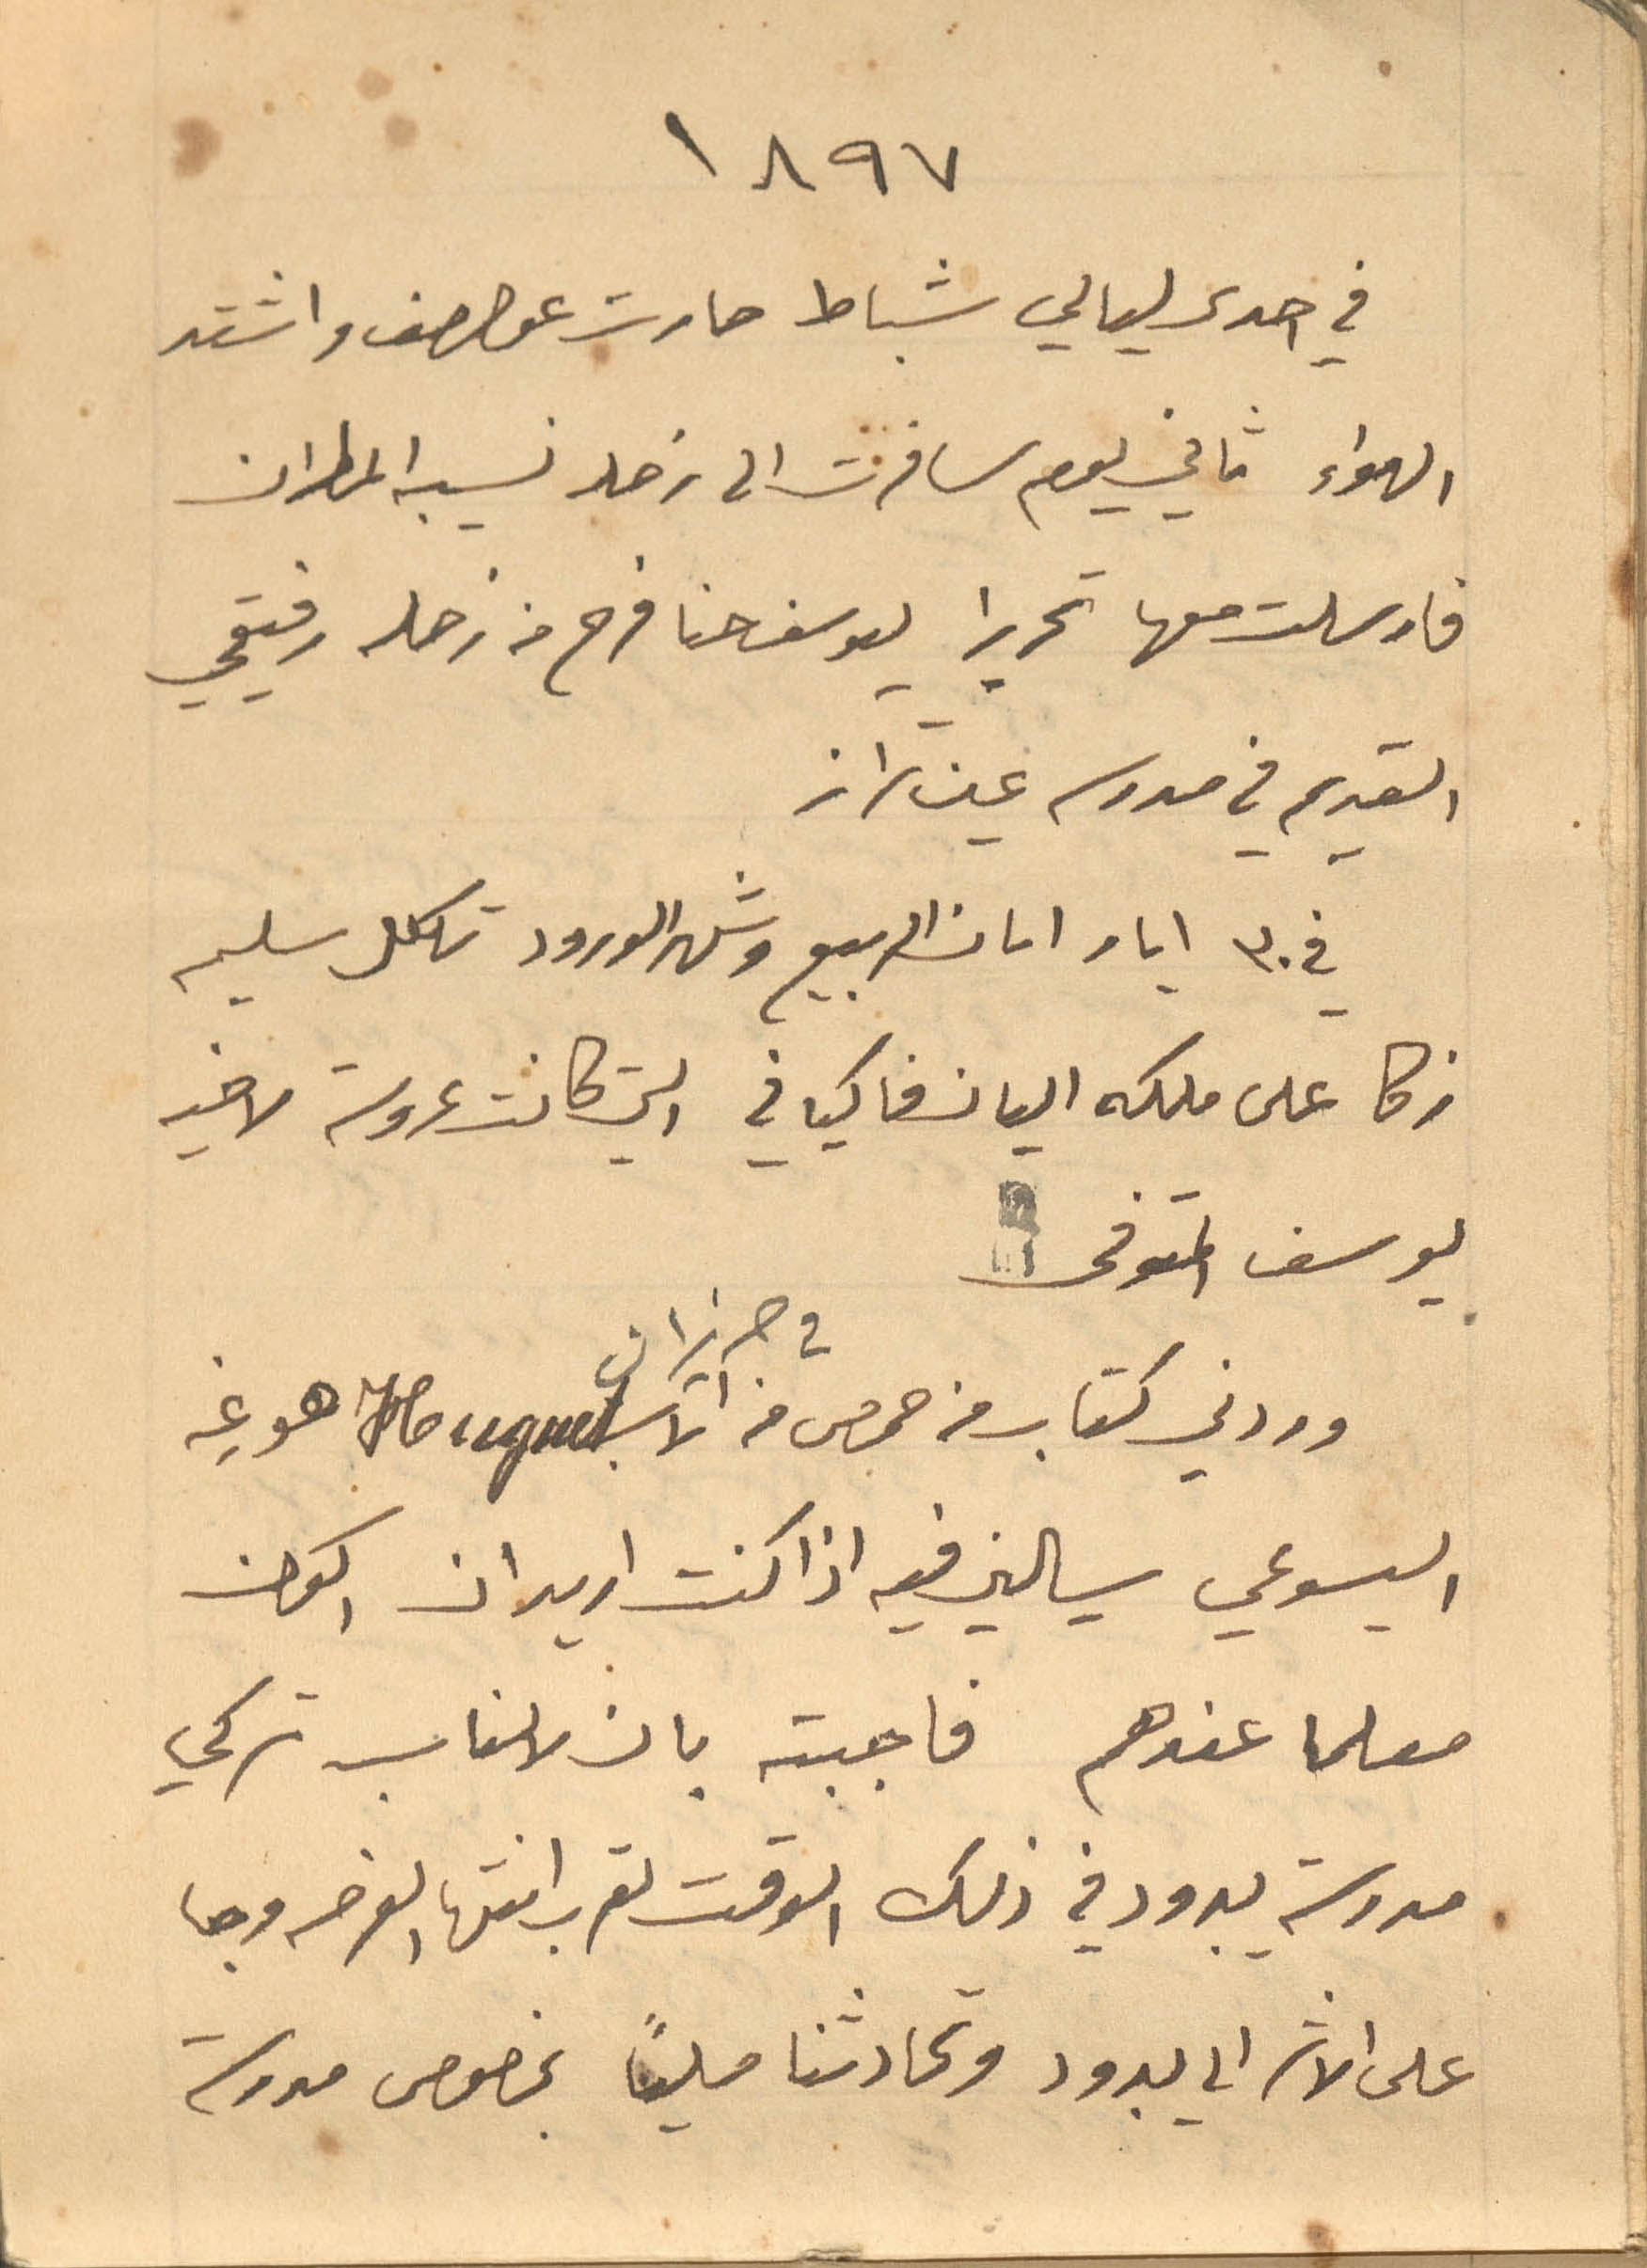
1897
في احدى ليالي شباط صارت عواصف واشتد
الهواء ثاني يوم سافرت الى زحله نسيبه المطران
فارسلت معها تحريرا ليوسف حنا فرح من زحله رفيقي
القديم في مدرسه عين تراز
في 30 ايار امان الربيع وشهر الورود تكلل سليم
زكا على ملكه اليان فاكياني التي كانت عروسة لاخيه
يوسف المتوفى
وردني كتاب من حمص في 1حزيران من الاب Huguet هوغه
معلما عندهم فاجبته بان لا يناسب تركي
على الاثر الى يبرود وتحادثنا ملياً بخصوص مدرسة
اليسوعي يسالني فيه اذا كنت اريد ان اكون
مدرسة يبرود في ذلك الوقت لقرب انتها الفرصه وجا